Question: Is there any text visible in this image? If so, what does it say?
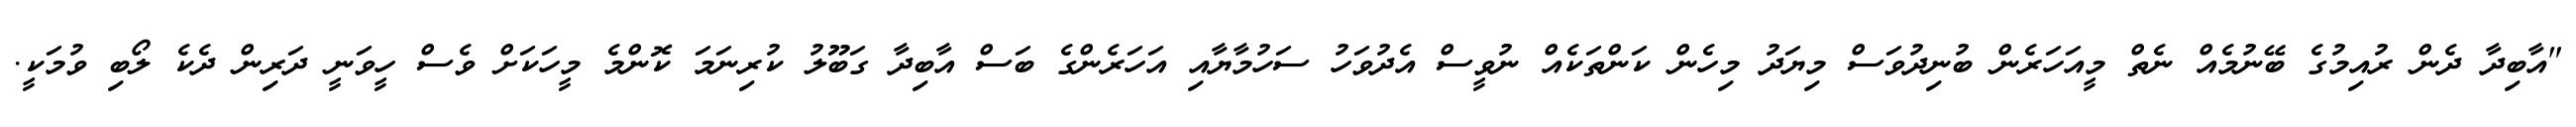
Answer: "އާބިދާ ދެން ރުއިމުގެ ބޭނުމެއް ނެތް މީއަހަރެން ބުނިދުވަސް މިޔަދު މިހެން ކަންތަކެއް ނުވީސް އެދުވަހު ސަހުމާޔާއި އަހަރެންގެ ބަސް އާބިދާ ގަބޫލު ކުރިނަމަ ކޮންމެ މީހަކަށް ވެސް ހީވަނީ ދަރިން ދެކެ ލޯބި ވުމަކީ.